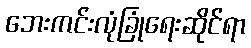
ဘေးကင်းလုံခြုံရေးဆိုင်ရာ